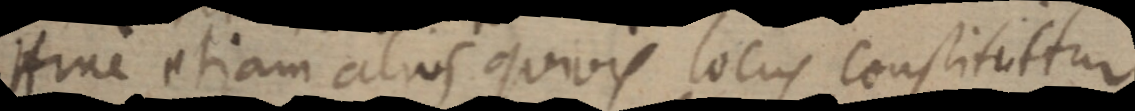
Hinc etiam alius quivis locus constitutur